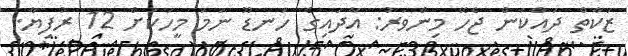
ޒަކާތް ދައްކަން ޖެހޭ މިންވަރު: އާދައިގެ ހަނޑޫ ނަމަ މީހަކަށް 12 ރުފިޔާ.